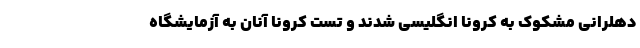
دهلرانی مشکوک به کرونا انگلیسی شدند و تست کرونا آنان به آزمایشگاه